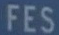
FES